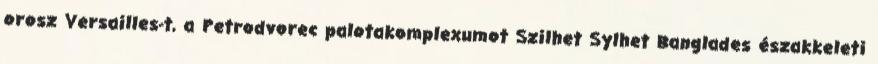
orosz Versailles-t, a Petrodvorec palotakomplexumot Szilhet Sylhet Banglades északkeleti